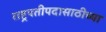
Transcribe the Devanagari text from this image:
राष्ट्रपतीपदासाठीच्या